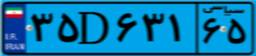
۱۰D۴۴۱۸۸